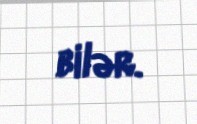
bilər.